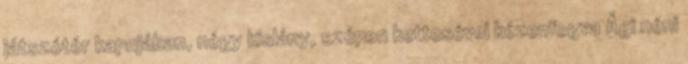
játszótér kapujában, négy kislány, szépen kettesével kézenfogva Ági néni